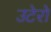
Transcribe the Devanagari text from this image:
उटेरो